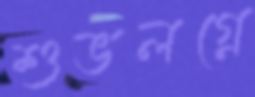
শুভলগ্নে